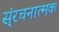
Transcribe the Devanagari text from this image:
स्ंरचनात्मक